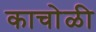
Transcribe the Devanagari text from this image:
काचोळी